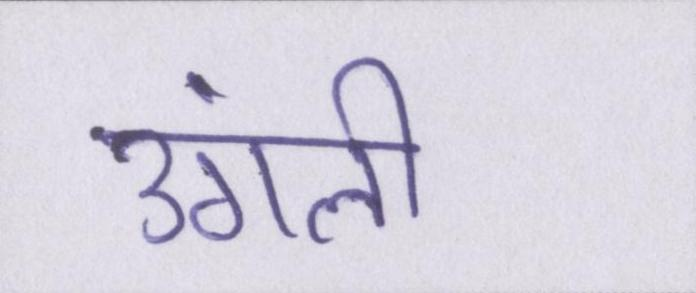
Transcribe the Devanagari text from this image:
उंगली